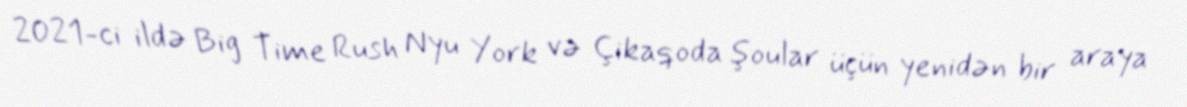
2021-ci ildə Big Time Rush Nyu York və Çikaqoda şoular üçün yenidən bir araya